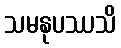
သမနုပဿသိ